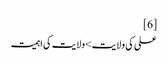
[6]
علی کی ولایت>ولایت کی اہمیت